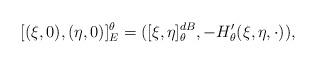
LaTeX: \begin{align*}[(\xi,0),(\eta,0)]^{\theta}_{E} = ( [\xi,\eta]_{\theta}^{dB}, -H'_{\theta}(\xi,\eta,\cdot)),\end{align*}